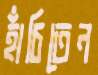
হাঁচিতেন